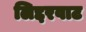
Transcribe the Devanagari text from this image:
लिद्दरवाट